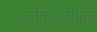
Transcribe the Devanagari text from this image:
आलेक्झांद्रोविच